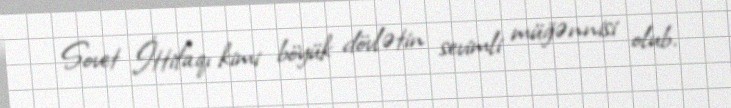
Sovet İttifaqı kimi böyük dövlətin sevimli müğənnisi olub.